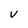
Character: V